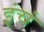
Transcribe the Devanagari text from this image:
इंचं